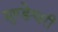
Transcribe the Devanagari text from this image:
मुण्डेश्वरी